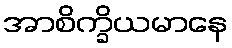
အာစိက္ခိယမာနေ